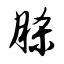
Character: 脎